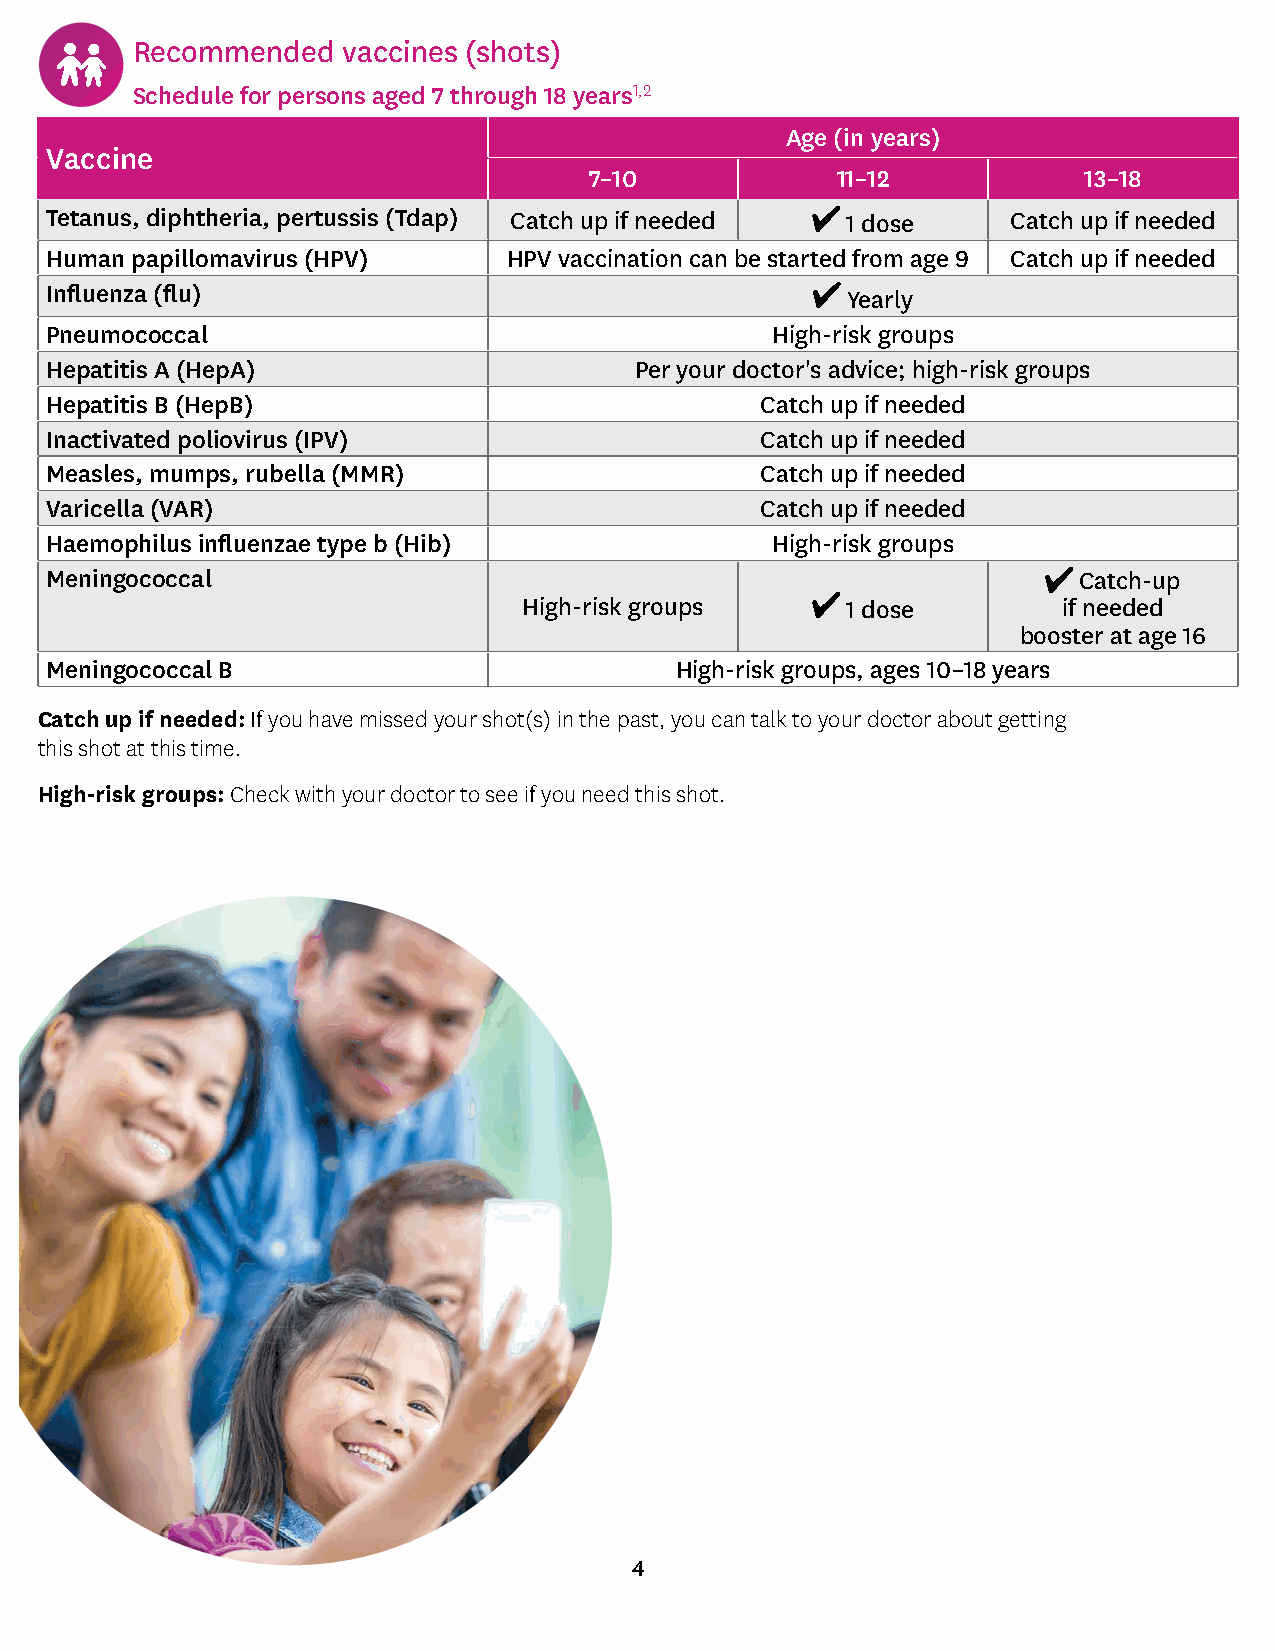
Recommended   vaccines (shots)
 Schedule for persons aged 7 through 18 years1,2
 Age (in years)
 Vaccine
 7–10            11–12            13–18
 Tetanus, diphtheria, pertussis (Tdap) Catch up if needed 1 dose Catch up if needed
 Human papillomavirus (HPV)     HPV vaccination can be started from age 9 Catch up if needed
 Influenza (flu)
 Yearly
 Pneumococcal                                    High-risk groups
 Hepatitis A (HepA)                     Per your doctor's advice; high-risk groups
 Hepatitis B (HepB)                             Catch up if needed
 Inactivated poliovirus (IPV)                   Catch up if needed
 Measles, mumps, rubella (MMR)                  Catch up if needed
 Varicella (VAR)                                Catch up if needed
 Haemophilus influenzae type b (Hib)             High-risk groups
 Meningococcal                                                       Catch-up
 High-risk groups     1 dose        if needed
 booster at age 16
 Meningococcal B                           High-risk groups, ages 10–18 years
 Catch up if needed: If you have missed your shot(s) in the past, you can talk to your doctor about getting
 this shot at this time.
 High-risk groups: Check with your doctor to see if you need this shot.
 4